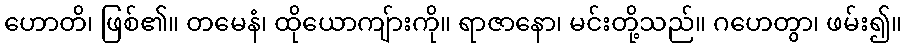
ဟောတိ၊ ဖြစ်၏။ တမေနံ၊ ထိုယောကျ်ားကို။ ရာဇာနော၊ မင်းတို့သည်။ ဂဟေတွာ၊ ဖမ်း၍။